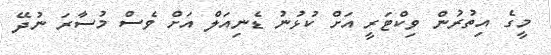
މީގެ އިތުރުން ވިކްޓަރީ އަށް ކުޅުނު ޑެނިއަލް އަށް ވެސް މުސާރަ ނުދޭ